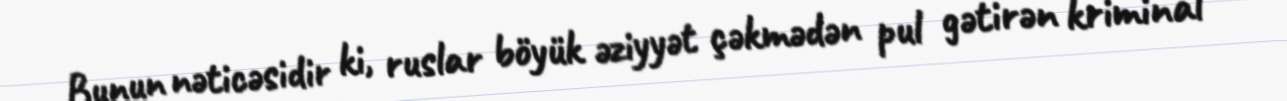
Bunun nəticəsidir ki, ruslar böyük əziyyət çəkmədən pul gətirən kriminal